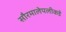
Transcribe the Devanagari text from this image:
सौरमालेपलीकडे